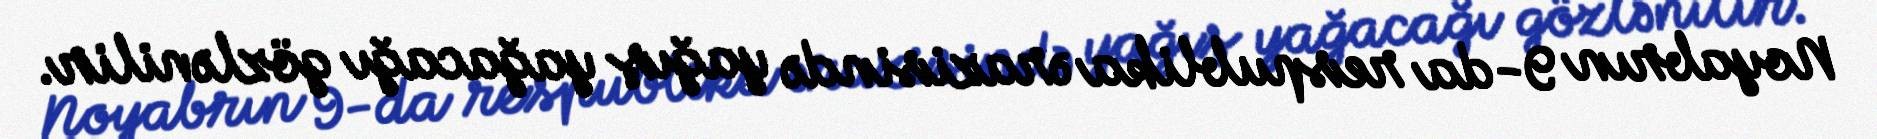
Noyabrın 9-da respublika ərazisində yağış yağacağı gözlənilir.